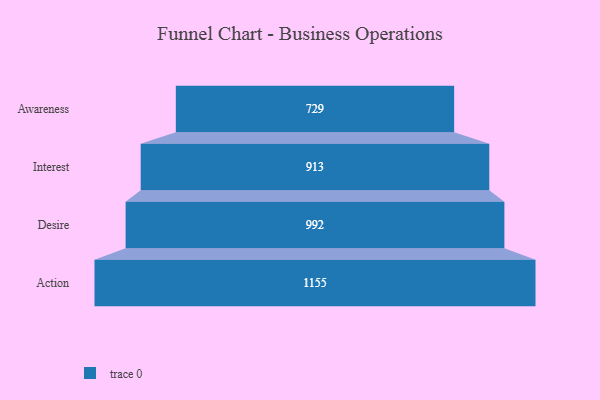
{"axis": {"x": "Stage", "y": "Value"}, "legend": [""], "data": [{"x": "Awareness", "y": 729.0, "type": ""}, {"x": "Interest", "y": 913.0, "type": ""}, {"x": "Desire", "y": 992.0, "type": ""}, {"x": "Action", "y": 1155.0, "type": ""}]}